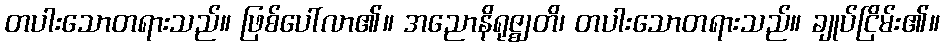
တပါးသောတရားသည်။ ဖြစ်ပေါ်လာ၏။ အညောနိရုဇ္ဈတိ၊ တပါးသောတရားသည်။ ချုပ်ငြိမ်း၏။